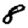
Digit: 8